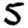
Digit: 5